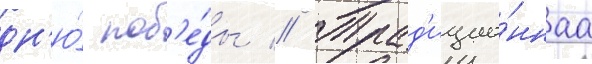
дн'ю́ поб'е́ды // Трад'ицио́ннаа